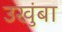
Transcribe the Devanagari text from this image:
उखुंबा